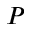
P